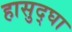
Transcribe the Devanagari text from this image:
हासुद्घा